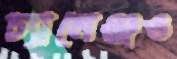
চ্যালেঞ্জও